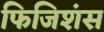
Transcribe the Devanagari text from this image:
फिजिशंस